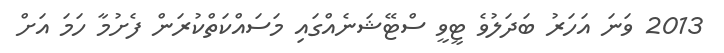
2013 ވަނަ އަހަރު ބަދަލުވެ ޓީވީ ސްޓޭޝަނެއްގައި މަސައްކަތްކުރަން ފެށުމާ ހަމަ އަށް